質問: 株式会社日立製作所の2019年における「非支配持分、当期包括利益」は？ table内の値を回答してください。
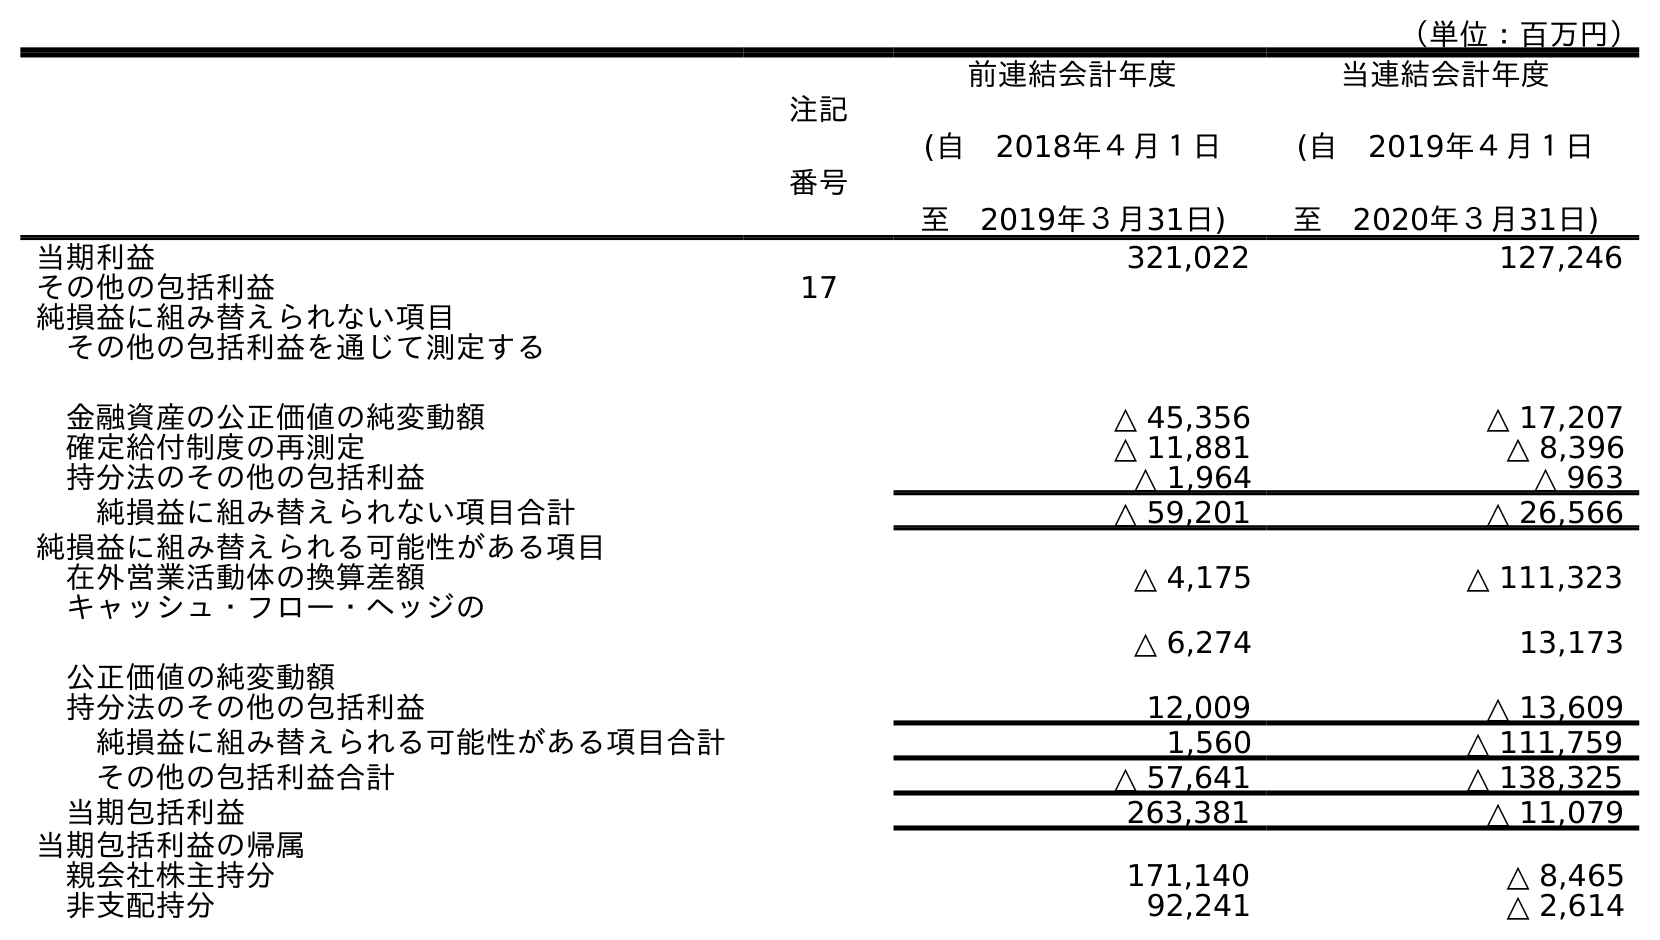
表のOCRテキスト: （単位：百万円） 注記 番号 前連結会計年度 (自 2018年４月１日 至 2019年３月31日) 当連結会計年度 (自 2019年４月１日 至 2020年３月31日) 当期利益 321,022 127,246 その他の包括利益 17 純損益に組み替えられない項目 その他の包括利益を通じて測定する 金融資産の公正価値の純変動額 △ 45,356 △ 17,207 確定給付制度の再測定 △ 11,881 △ 8,396 持分法のその他の包括利益 △ 1,964 △ 963 純損益に組み替えられない項目合計 △ 59,201 △ 26,566 純損益に組み替えられる可能性がある項目 在外営業活動体の換算差額 △ 4,175 △ 111,323 キャッシュ・フロー・ヘッジの 公正価値の純変動額 △ 6,274 13,173 持分法のその他の包括利益 12,009 △ 13,609 純損益に組み替えられる可能性がある項目合計 1,560 △ 111,759 その他の包括利益合計 △ 57,641 △ 138,325 当期包括利益 263,381 △ 11,079 当期包括利益の帰属 親会社株主持分 171,140 △ 8,465 非支配持分 92,241 △ 2,614
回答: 92,241